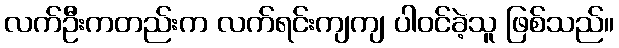
လက်ဦးကတည်းက လက်ရင်းကျကျ ပါဝင်ခဲ့သူ ဖြစ်သည်။